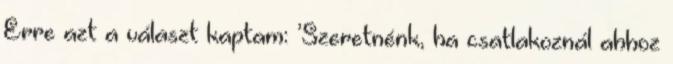
Erre azt a választ kaptam: ’Szeretnénk, ha csatlakoznál ahhoz